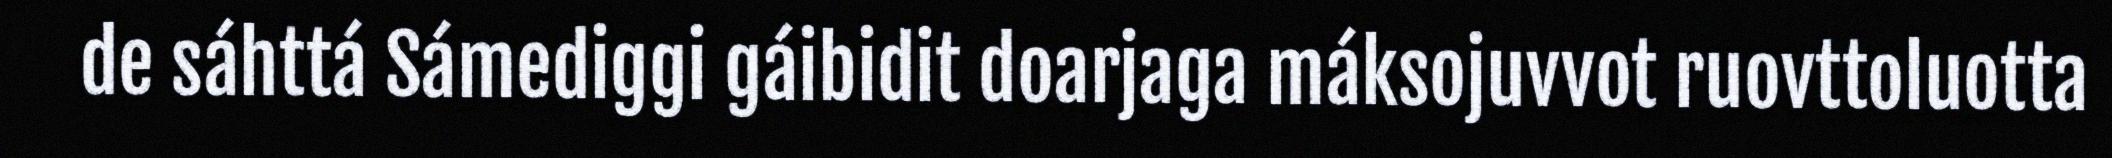
de sáhttá Sámediggi gáibidit doarjaga máksojuvvot ruovttoluotta